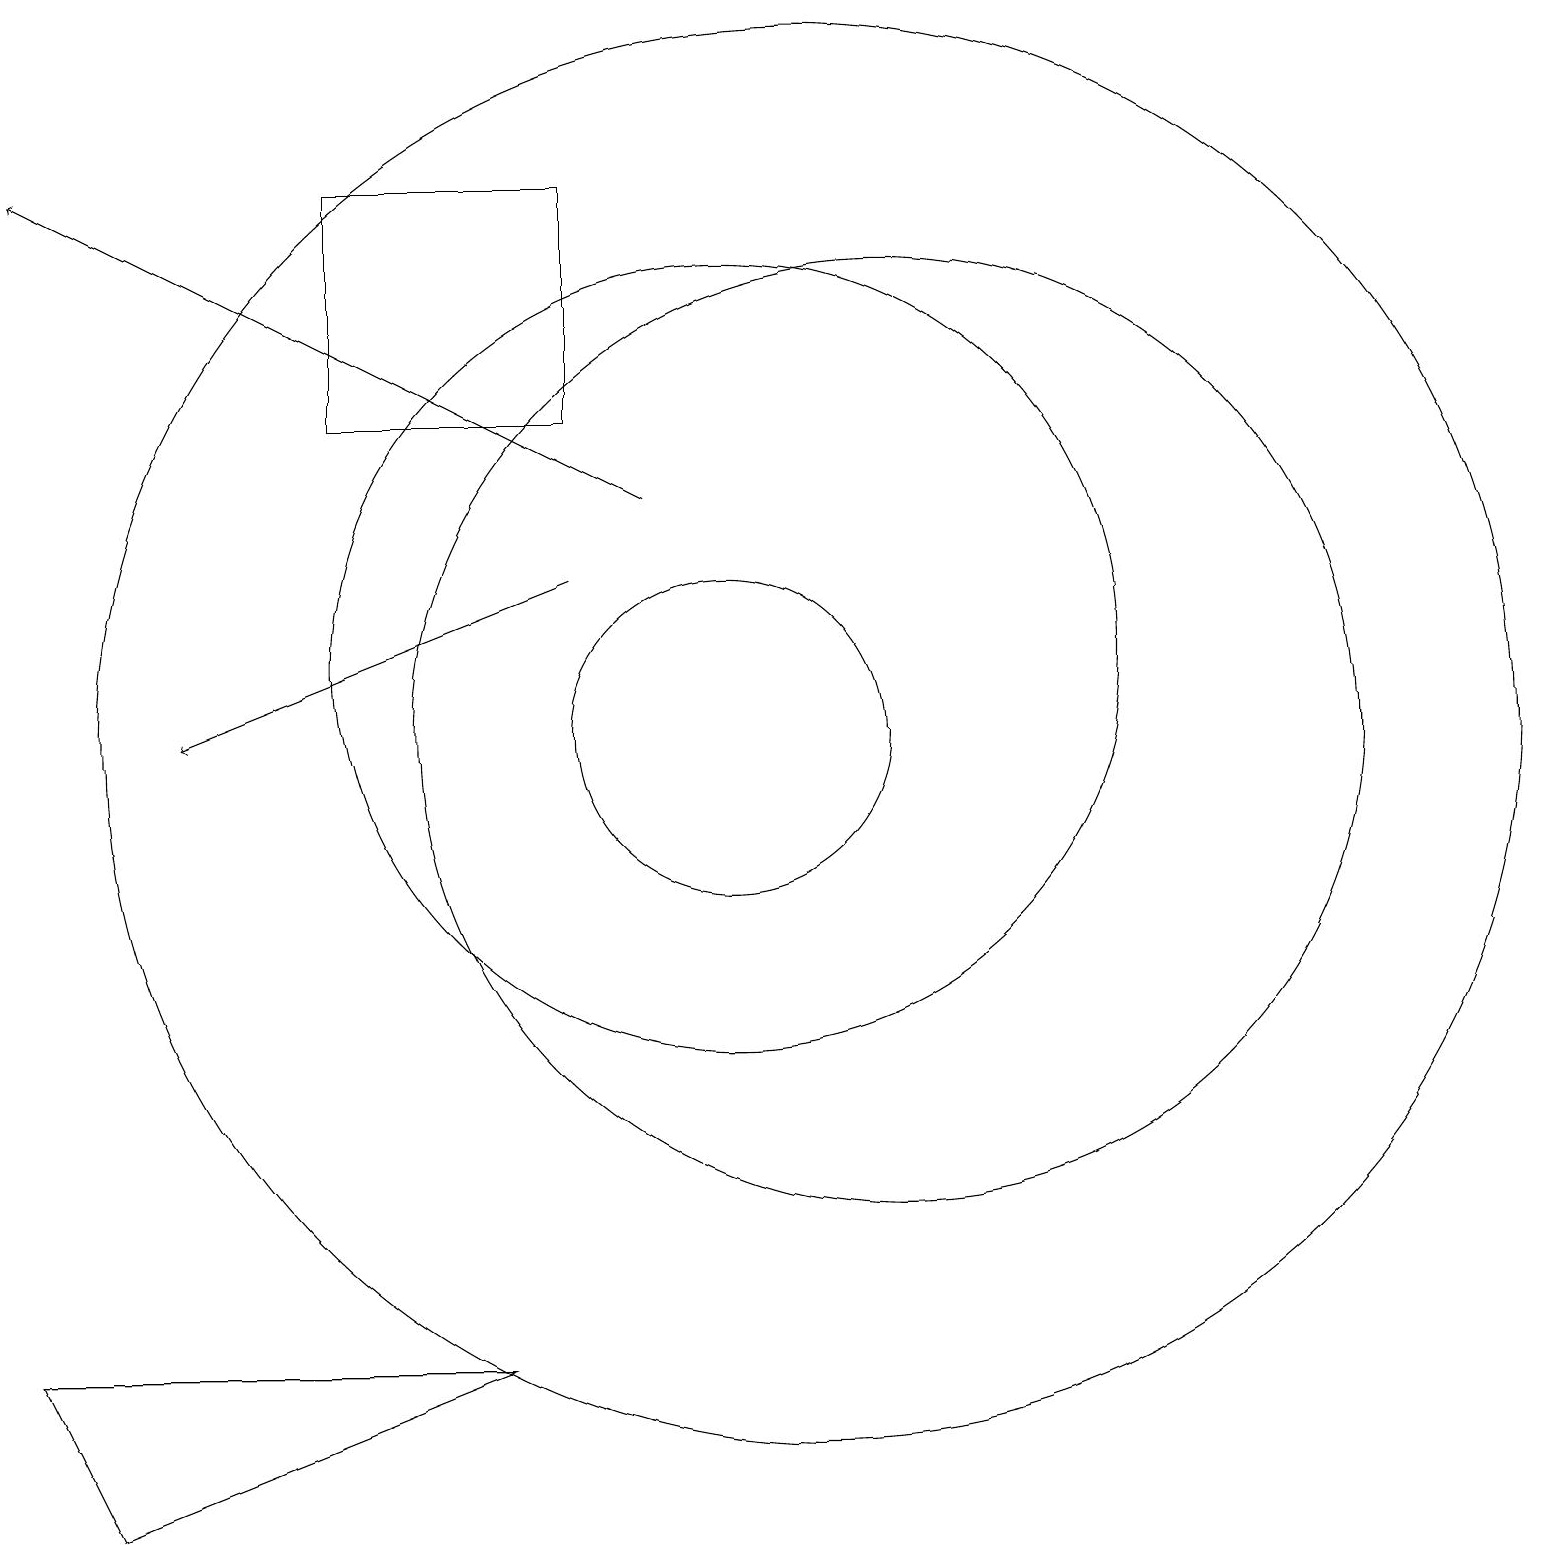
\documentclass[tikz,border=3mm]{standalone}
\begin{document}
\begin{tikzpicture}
\draw (11,10) circle (9);
\draw[->] (9,13) -- (1,17);
\draw (7,2) -- (1,2) -- (2,0) -- cycle;
\draw (10,11) circle (5);
\draw (12,10) circle (6);
\draw[->] (8,12) -- (3,10);
\draw (5,14) rectangle (8,17);
\draw (10,10) circle (2);
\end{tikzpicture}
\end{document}